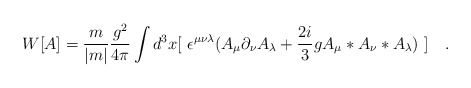
\begin{align*}W[A] = \frac{m}{|m|} \frac{g^2}{4\pi} \int d^3x[~\epsilon^{\mu\nu\lambda}(A_{\mu}\partial_{\nu}A_{\lambda}+ \frac{2i}{3}g A_{\mu}*A_{\nu}*A_{\lambda})~] ~~~.\\\end{align*}